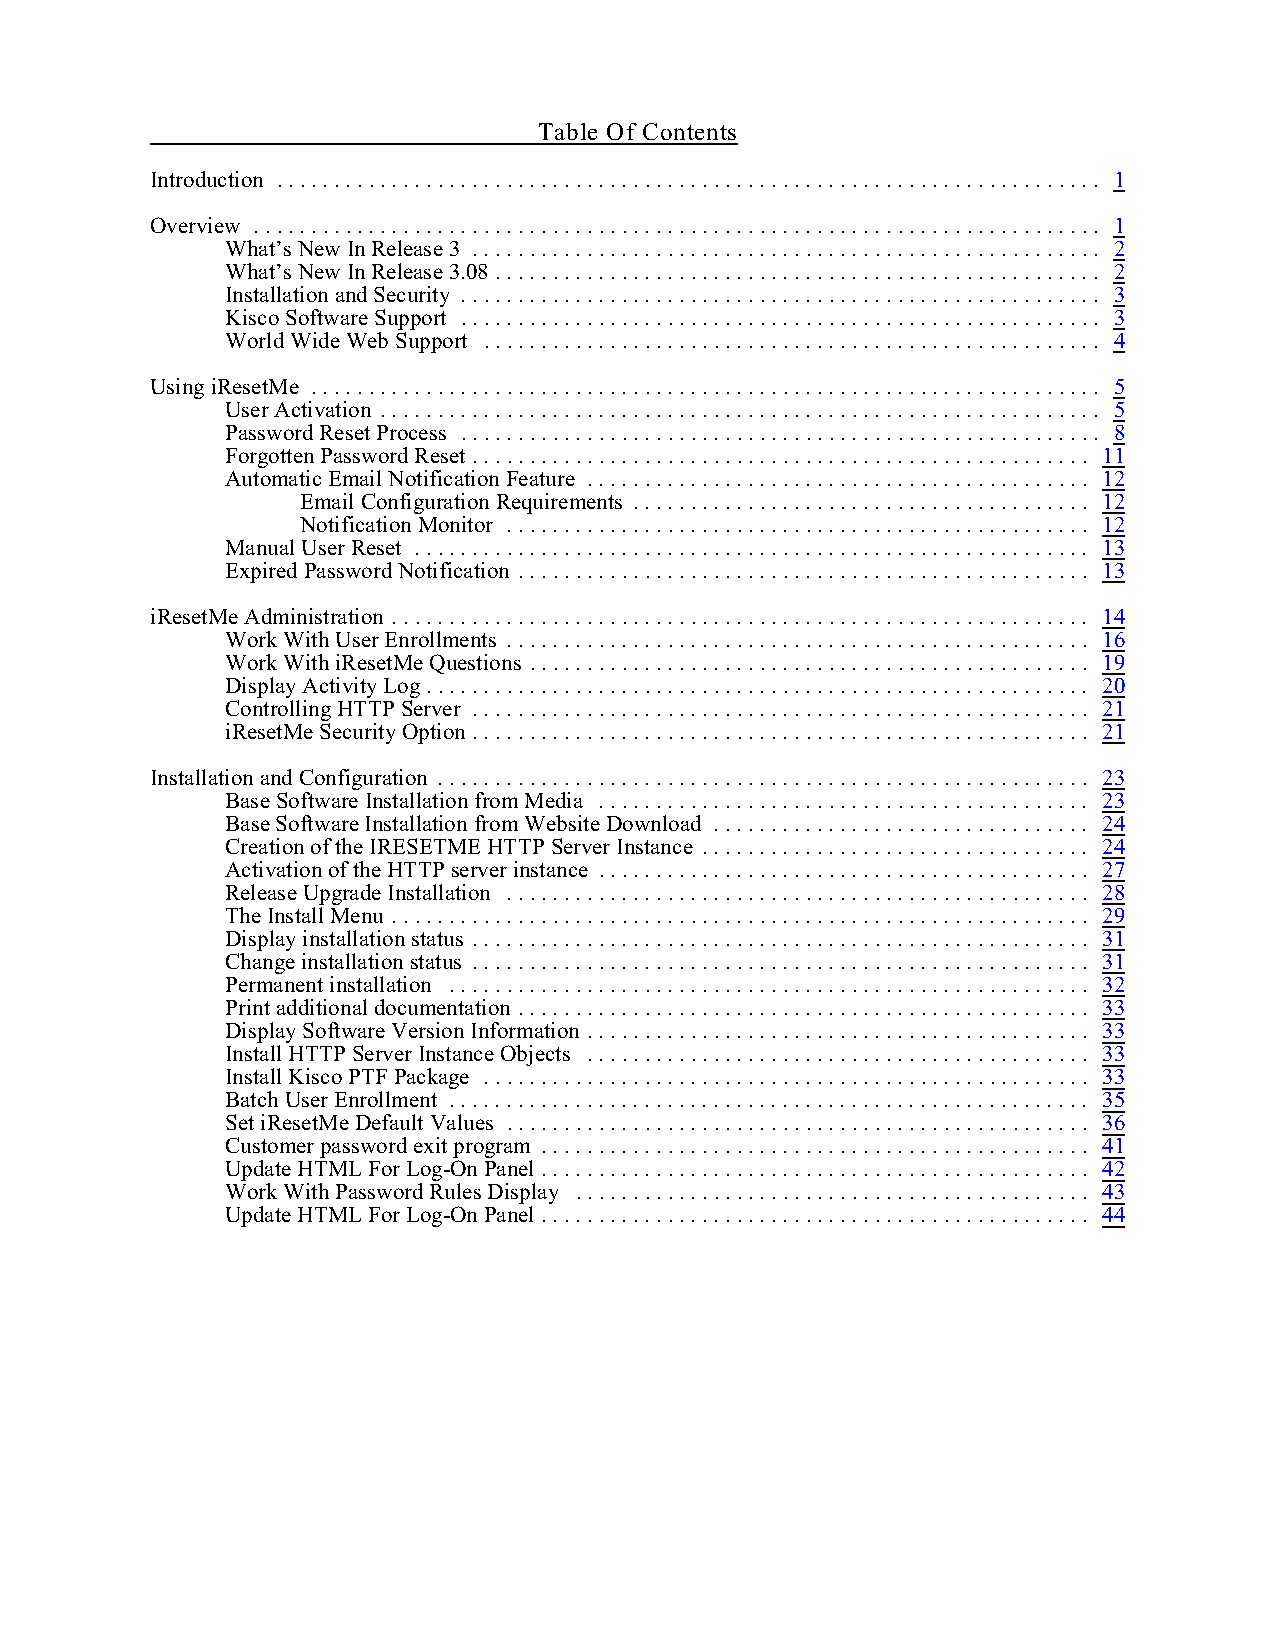
Table Of Contents
 Introduction ........................................................................ 1
 Overview .......................................................................... 1
 What’s New In Release 3 ....................................................... 2
 What’s New In Release 3.08 ..................................................... 2
 Installation and Security ........................................................ 3
 Kisco Software Support ........................................................ 3
 World Wide Web Support ...................................................... 4
 Using iResetMe ..................................................................... 5
 User Activation ............................................................... 5
 Password Reset Process ........................................................ 8
 Forgotten Password Reset ...................................................... 11
 Automatic Email Notification Feature ............................................ 12
 Email Configuration Requirements ........................................ 12
 Notification Monitor ................................................... 12
 Manual User Reset ........................................................... 13
 Expired Password Notification .................................................. 13
 iResetMe Administration ............................................................. 14
 Work With User Enrollments ................................................... 16
 Work With iResetMe Questions ................................................. 19
 Display Activity Log.......................................................... 20
 Controlling HTTP Server ...................................................... 21
 iResetMe Security Option ...................................................... 21
 Installation and Configuration ......................................................... 23
 Base Software Installation from Media ........................................... 23
 Base Software Installation from Website Download ................................. 24
 Creation of the IRESETME HTTP Server Instance .................................. 24
 Activation of the HTTP server instance ........................................... 27
 Release Upgrade Installation ................................................... 28
 The Install Menu ............................................................. 29
 Display installation status ...................................................... 31
 Change installation status ...................................................... 31
 Permanent installation ........................................................ 32
 Print additional documentation .................................................. 33
 Display Software Version Information ............................................ 33
 Install HTTP Server Instance Objects ............................................ 33
 Install Kisco PTF Package ..................................................... 33
 Batch User Enrollment ........................................................ 35
 Set iResetMe Default Values ................................................... 36
 Customer password exit program ................................................ 41
 Update HTML For Log-On Panel................................................ 42
 Work With Password Rules Display ............................................. 43
 Update HTML For Log-On Panel................................................ 44